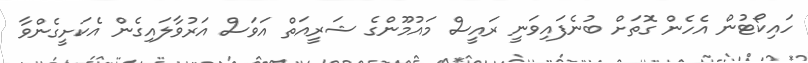
ހައިކޯޓުން އެހެން ގޮތަށް ބުނެފައިވަނީ ރައީސް މައުމޫންގެ ޝަރީއަތް އަވަސް އަރުވާލައިގެން އެކަށީގެންވާ